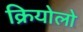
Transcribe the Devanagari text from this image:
क्रियोलो